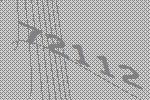
72112